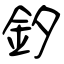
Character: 釸